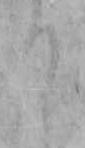
り